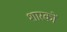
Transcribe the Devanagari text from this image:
शारकों